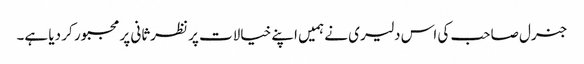
جنرل صاحب کی اس دلیری نے ہمیں اپنے خیالات پر نظرثانی پر مجبور کر دیا ہے۔